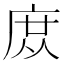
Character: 庻